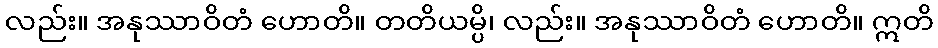
လည်း။ အနုဿာဝိတံ ဟောတိ။ တတိယမ္ပိ၊ လည်း။ အနုဿာဝိတံ ဟောတိ။ ဣတိ